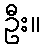
ဦး။